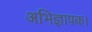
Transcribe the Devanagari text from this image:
अभिज्ञापक।